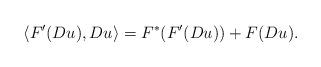
LaTeX: \begin{align*}\langle F'(Du), Du \rangle = F^*(F'(Du)) + F(Du).\end{align*}